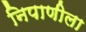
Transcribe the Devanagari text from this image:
निपाणीला